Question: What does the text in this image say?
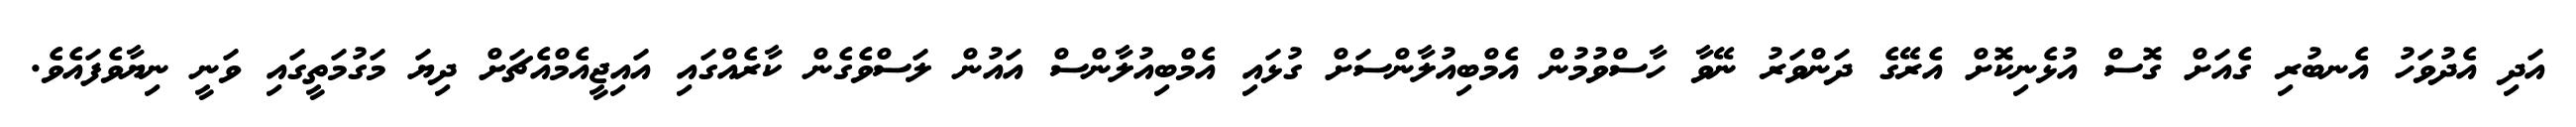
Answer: އަދި އެދުވަހު އެނބުރި ގެއަށް ގޮސް އުޅެނިކޮށް އެރޭގެ ދަންވަރު ނޭވާ ހާސްވުމުން އެމްބިއުލާންސަށް ގުޅައި އެމްބިއުލާންސް އައުން ލަސްވެގެން ކާރެއްގައި އައިޖީއެމްއެޗަށް ދިޔަ މަގުމަތީގައި ވަނީ ނިޔާވެފައެވެ.